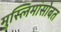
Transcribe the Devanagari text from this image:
मुस्लिमांसोबत